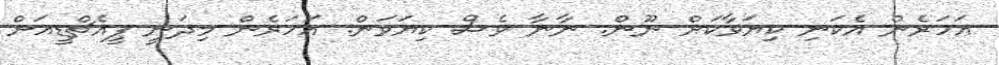
އަހަރެން އެކަނި ކިޔަވާކަށް ނޫން. ނާނާ ވެސް ކިޔަވަން. އަހަރެން މިދަނީ ޕީއެޗްޑީއަށް